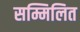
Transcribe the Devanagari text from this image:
सम्मिलित